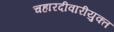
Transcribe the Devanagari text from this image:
चहारदीवारीयुक्त